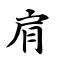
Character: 肩